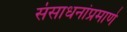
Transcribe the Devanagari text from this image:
संसाधनांप्रमाणे